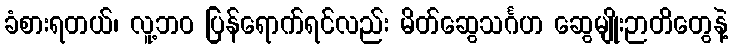
ခံစားရတယ်၊ လူ့ဘဝ ပြန်ရောက်ရင်လည်း မိတ်ဆွေသင်္ဂဟ ဆွေမျိုးဉာတိတွေနဲ့